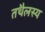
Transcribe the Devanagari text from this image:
तथैलस्य